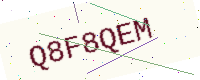
Text: Q8F8QEM